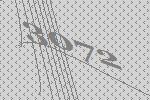
3072